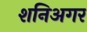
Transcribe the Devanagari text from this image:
शनिअगर